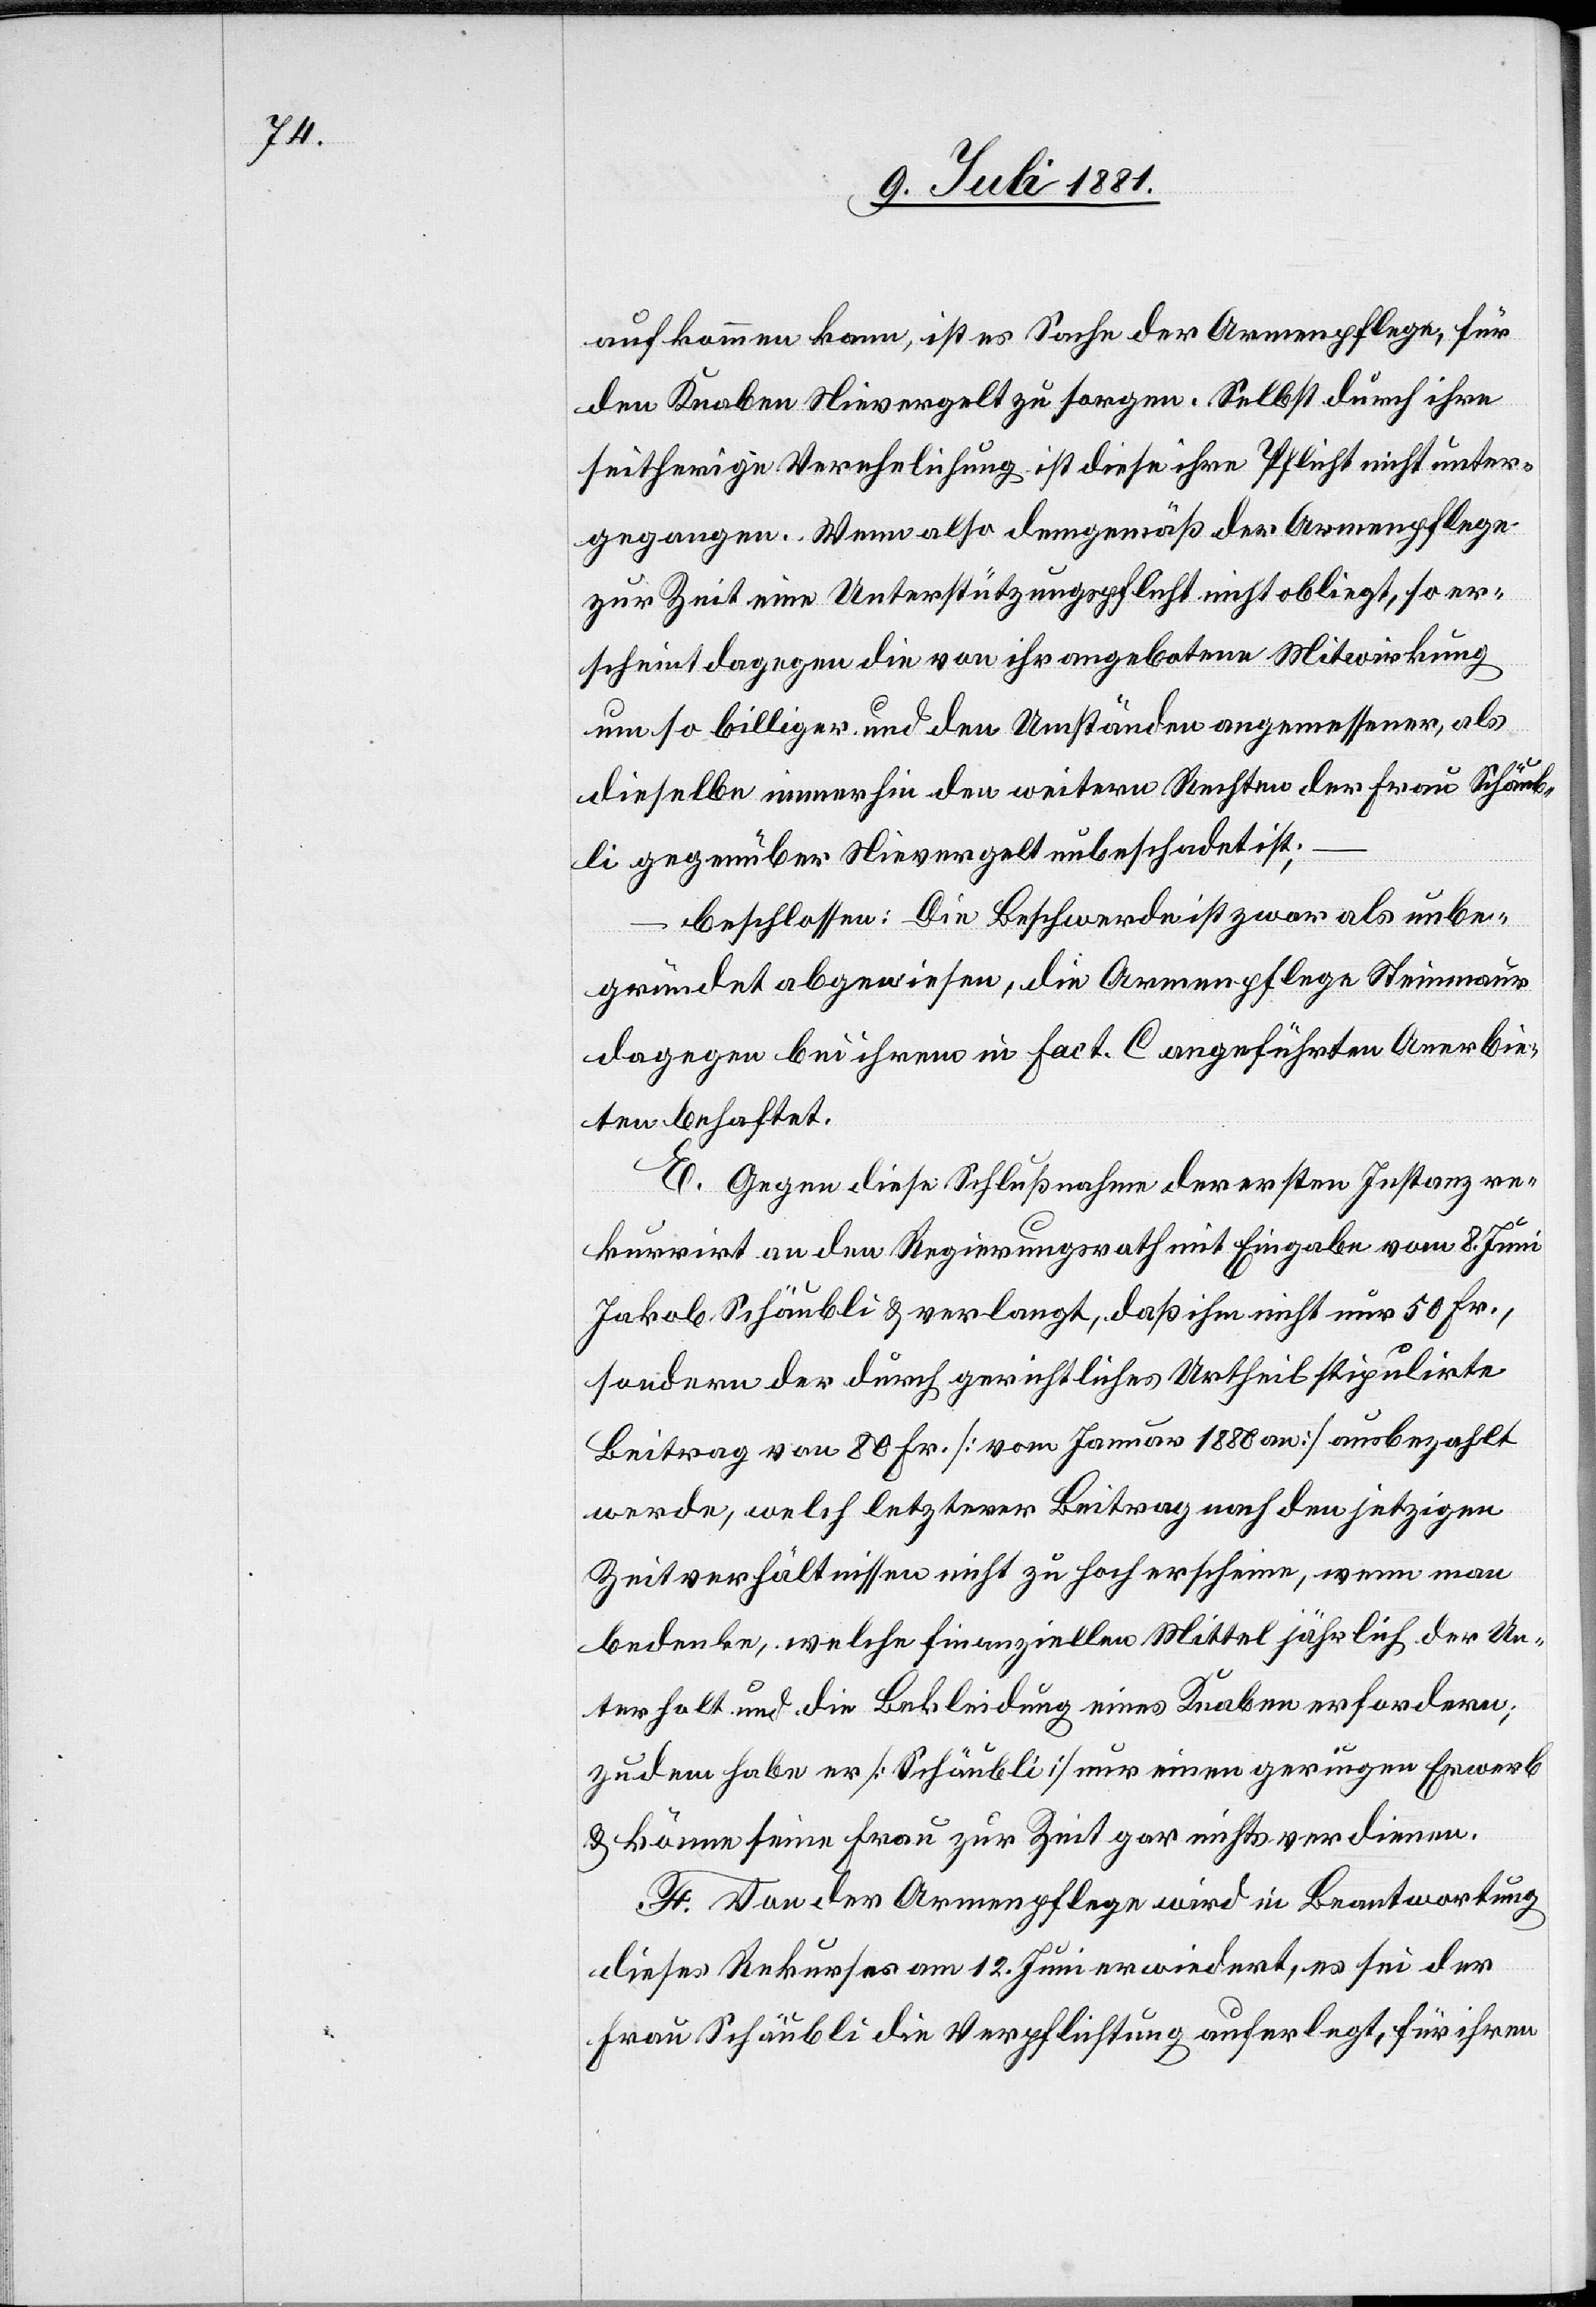
aufkommen kann, ist es Sache der Armenpflege, für
den Knaben Nievergelt zu sorgen. Selbst durch ihre
seitherige Verehelichung ist diese ihre Pflicht nicht unter¬
gegangen. Wenn also demgemäß der Armenpflege
zur Zeit eine Unterstützungspflicht nicht obliegt, so er¬
scheint dagegen die von ihr angebotene Mitwirkung
um so billiger und den Umständen angemessener, als
dieselbe immerhin den weitern Rechten der Frau Schäub¬
li gegenüber Nievergelt unbeschadet ist;
beschlossen: Die Beschwerde ist zwar als unbe¬
gründet abgewiesen, die Armenpflege Steinmaur
dagegen bei ihrem in Fact. C angeführten Anerbie¬
ten behaftet.
E. Gegen diese Schlußnahme der ersten Instanz re¬
kurrirt an den Regierungsrath mit Eingabe vom 8. Juni
Jakob Schäubli & verlangt, daß ihm nicht nur 50 Fr.,
sondern der durch gerichtliches Urtheil stipulirte
Beitrag von 80 Fr. [vom Januar 1880 an] ausbezahlt
werde, welch letzterer Beitrag nach den jetzigen
Zeitverhältnissen nicht zu hoch erscheine, wenn man
bedenke, welche finanziellen Mittel jährlich der Un¬
terhalt und die Bekleidung eines Knaben erfordern;
zudem habe er [Schäubli] nur einen geringen Erwerb
& könne seine Frau zur Zeit gar nichts verdienen.
F. Von der Armenpflege wird in Beantwortung
dieses Rekurses am 12. Juni erwiedert, es sei der
Frau Schäubli die Verpflichtung auferlegt, für ihren